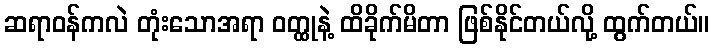
ဆရာဝန်ကလဲ တုံးသောအရာ ဝတ္ထုနဲ့ ထိခိုက်မိတာ ဖြစ်နိုင်တယ်လို့ ထွက်တယ်။